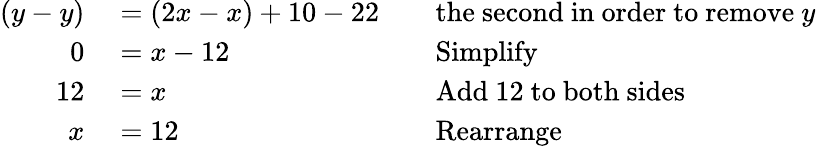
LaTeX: \begin{array}{rlrl}{(y-y)}&{{}=(2x-x)+10-22}&{}&{{}{\mathrm{the~second~in~order~to~remove~}}y}\\ {0}&{{}=x-12}&{}&{{}{\mathrm{Simplify}}}\\ {12}&{{}=x}&{}&{{}{\mathrm{Add~12~to~both~sides}}}\\ {x}&{{}=12}&{}&{{}{\mathrm{Rearrange}}}\end{array}